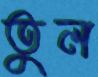
তুল